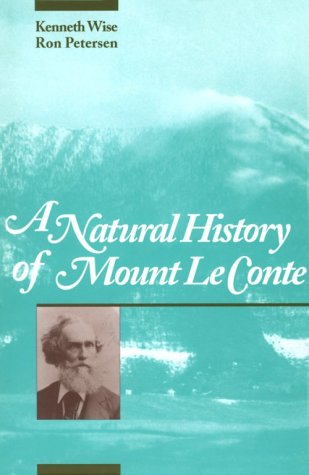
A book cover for Natural History Mount Le Conte; Kenneth Wise; Science & Math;